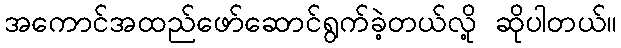
အကောင်အထည်ဖော်ဆောင်ရွက်ခဲ့တယ်လို့ ဆိုပါတယ်။